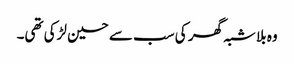
وہ بلا شبہ گھر کی سب سے حسین لڑکی تھی۔